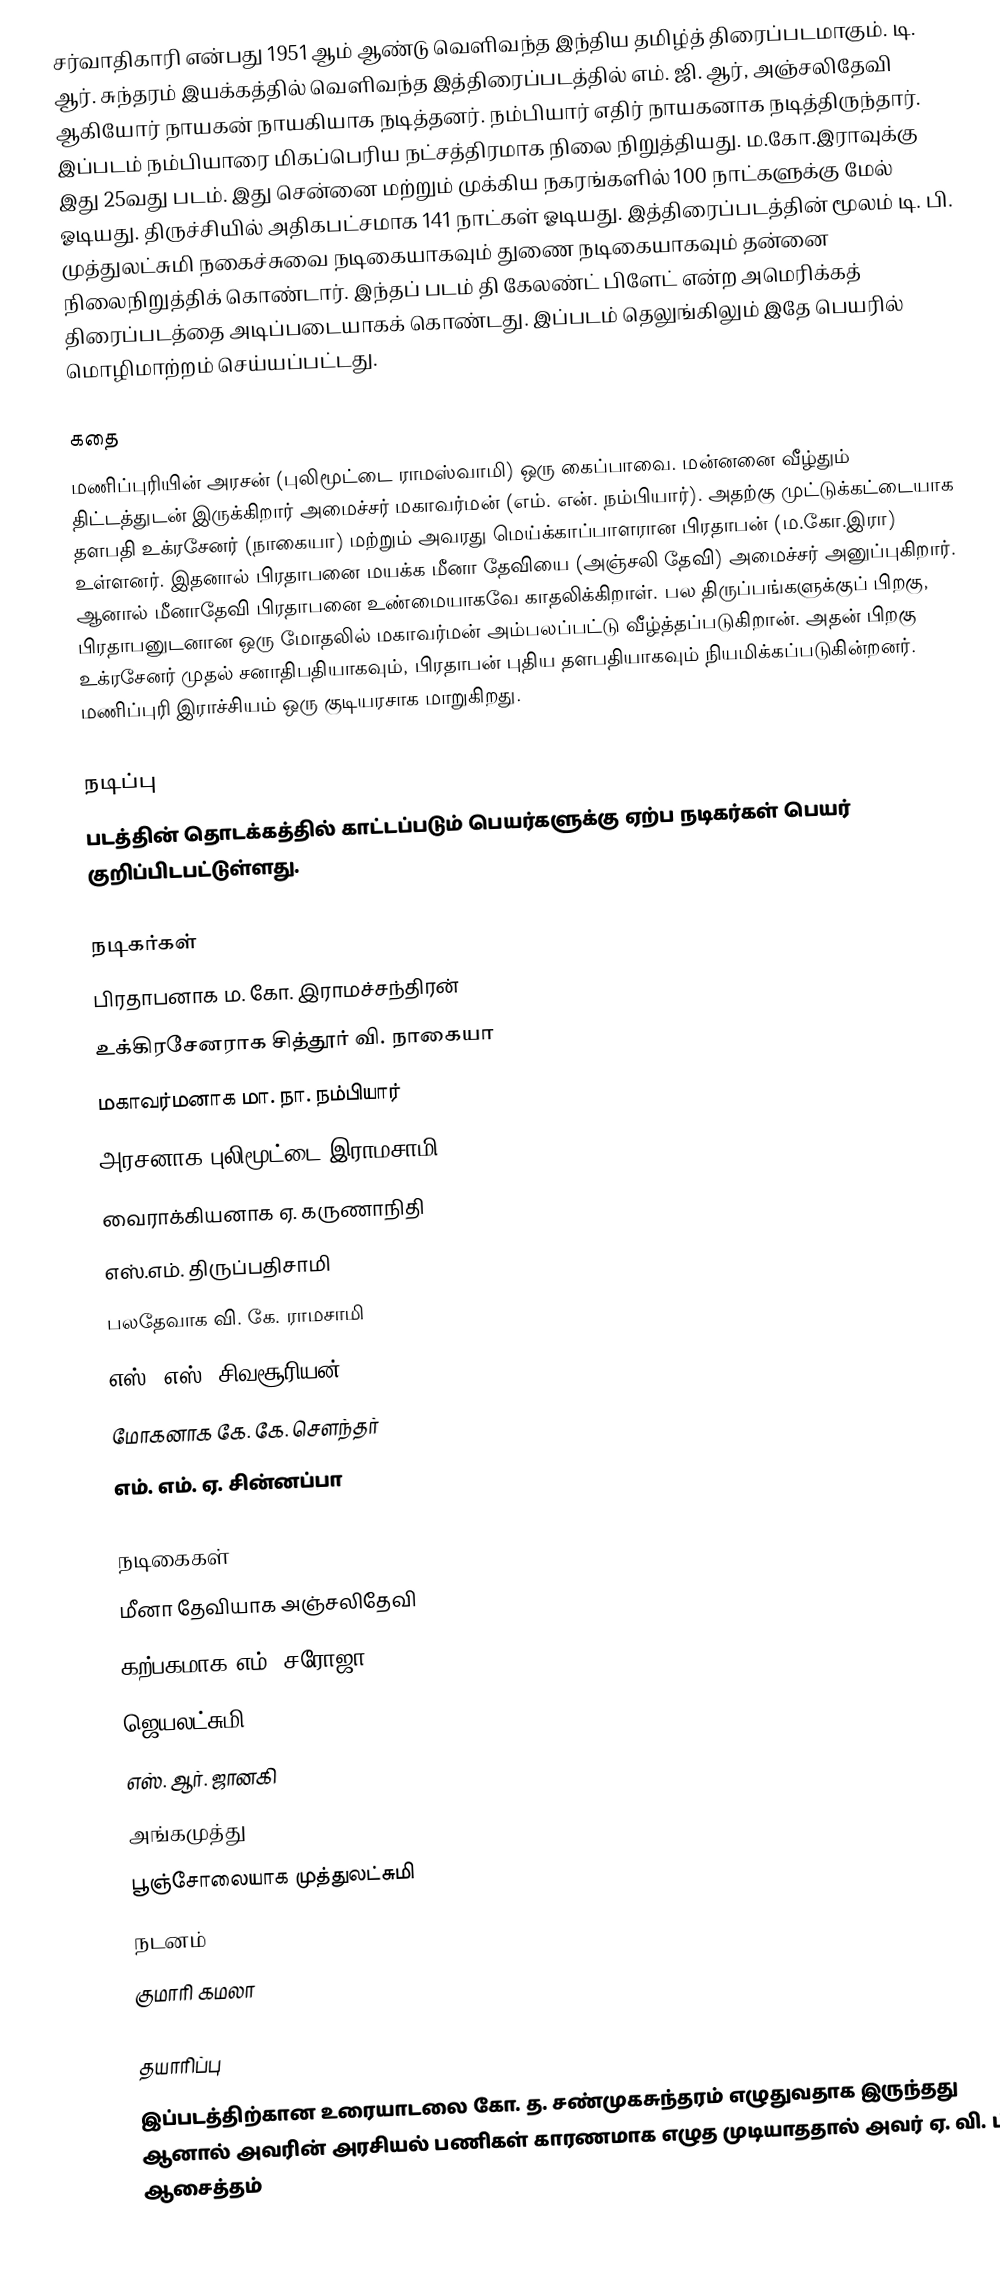
சர்வாதிகாரி என்பது 1951 ஆம் ஆண்டு வெளிவந்த இந்திய தமிழ்த் திரைப்படமாகும். டி. ஆர். சுந்தரம் இயக்கத்தில் வெளிவந்த இத்திரைப்படத்தில் எம். ஜி. ஆர், அஞ்சலிதேவி ஆகியோர் நாயகன் நாயகியாக நடித்தனர். நம்பியார் எதிர் நாயகனாக நடித்திருந்தார். இப்படம் நம்பியாரை மிகப்பெரிய நட்சத்திரமாக நிலை நிறுத்தியது.  ம.கோ.இராவுக்கு இது 25வது படம். இது சென்னை மற்றும் முக்கிய நகரங்களில் 100 நாட்களுக்கு மேல் ஓடியது. திருச்சியில் அதிகபட்சமாக 141 நாட்கள் ஓடியது. இத்திரைப்படத்தின் மூலம் டி. பி. முத்துலட்சுமி நகைச்சுவை நடிகையாகவும் துணை நடிகையாகவும் தன்னை நிலைநிறுத்திக் கொண்டார். இந்தப் படம் தி கேலண்ட் பிளேட் என்ற அமெரிக்கத் திரைப்படத்தை அடிப்படையாகக் கொண்டது. இப்படம் தெலுங்கிலும் இதே பெயரில் மொழிமாற்றம் செய்யப்பட்டது.

கதை
மணிப்புரியின் அரசன் (புலிமூட்டை ராமஸ்வாமி) ஒரு கைப்பாவை. மன்னனை வீழ்தும் திட்டத்துடன் இருக்கிறார் அமைச்சர்  மகாவர்மன் (எம். என். நம்பியார்). அதற்கு முட்டுக்கட்டையாக தளபதி உக்ரசேனர் (நாகையா) மற்றும் அவரது மெய்க்காப்பாளரான பிரதாபன் (ம.கோ.இரா) உள்ளனர். இதனால் பிரதாபனை மயக்க மீனா தேவியை (அஞ்சலி தேவி) அமைச்சர் அனுப்புகிறார். ஆனால் மீனாதேவி பிரதாபனை உண்மையாகவே காதலிக்கிறாள். பல திருப்பங்களுக்குப் பிறகு, பிரதாபனுடனான ஒரு மோதலில் மகாவர்மன் அம்பலப்பட்டு வீழ்த்தப்படுகிறான். அதன் பிறகு உக்ரசேனர் முதல் சனாதிபதியாகவும், பிரதாபன் புதிய தளபதியாகவும் நியமிக்கப்படுகின்றனர். மணிப்புரி இராச்சியம் ஒரு குடியரசாக மாறுகிறது.

நடிப்பு
படத்தின் தொடக்கத்தில் காட்டப்படும் பெயர்களுக்கு ஏற்ப நடிகர்கள் பெயர் குறிப்பிடபட்டுள்ளது.

நடிகர்கள்
 பிரதாபனாக ம. கோ. இராமச்சந்திரன்
 உக்கிரசேனராக சித்தூர் வி. நாகையா
 மகாவர்மனாக மா. நா. நம்பியார்
 அரசனாக புலிமூட்டை இராமசாமி
 வைராக்கியனாக ஏ. கருணாநிதி
 எஸ்.எம். திருப்பதிசாமி
 பலதேவாக வி. கே. ராமசாமி
 எஸ். எஸ். சிவசூரியன்
 மோகனாக கே. கே. சௌந்தர்
 எம். எம். ஏ. சின்னப்பா

நடிகைகள்
 மீனா தேவியாக அஞ்சலிதேவி
 கற்பகமாக எம். சரோஜா
 ஜெயலட்சுமி
 எஸ். ஆர். ஜானகி
 அங்கமுத்து
 பூஞ்சோலையாக முத்துலட்சுமி
நடனம்
 குமாரி கமலா

தயாரிப்பு
இப்படத்திற்கான உரையாடலை கோ. த. சண்முகசுந்தரம் எழுதுவதாக இருந்தது ஆனால் அவரின் அரசியல் பணிகள் காரணமாக எழுத முடியாததால் அவர் ஏ. வி. பி. ஆசைத்தம்